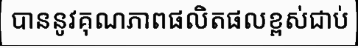
បាននូវគុណភាពផលិតផលខ្ពស់ជាប់